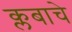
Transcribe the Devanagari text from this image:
क्लबाचे